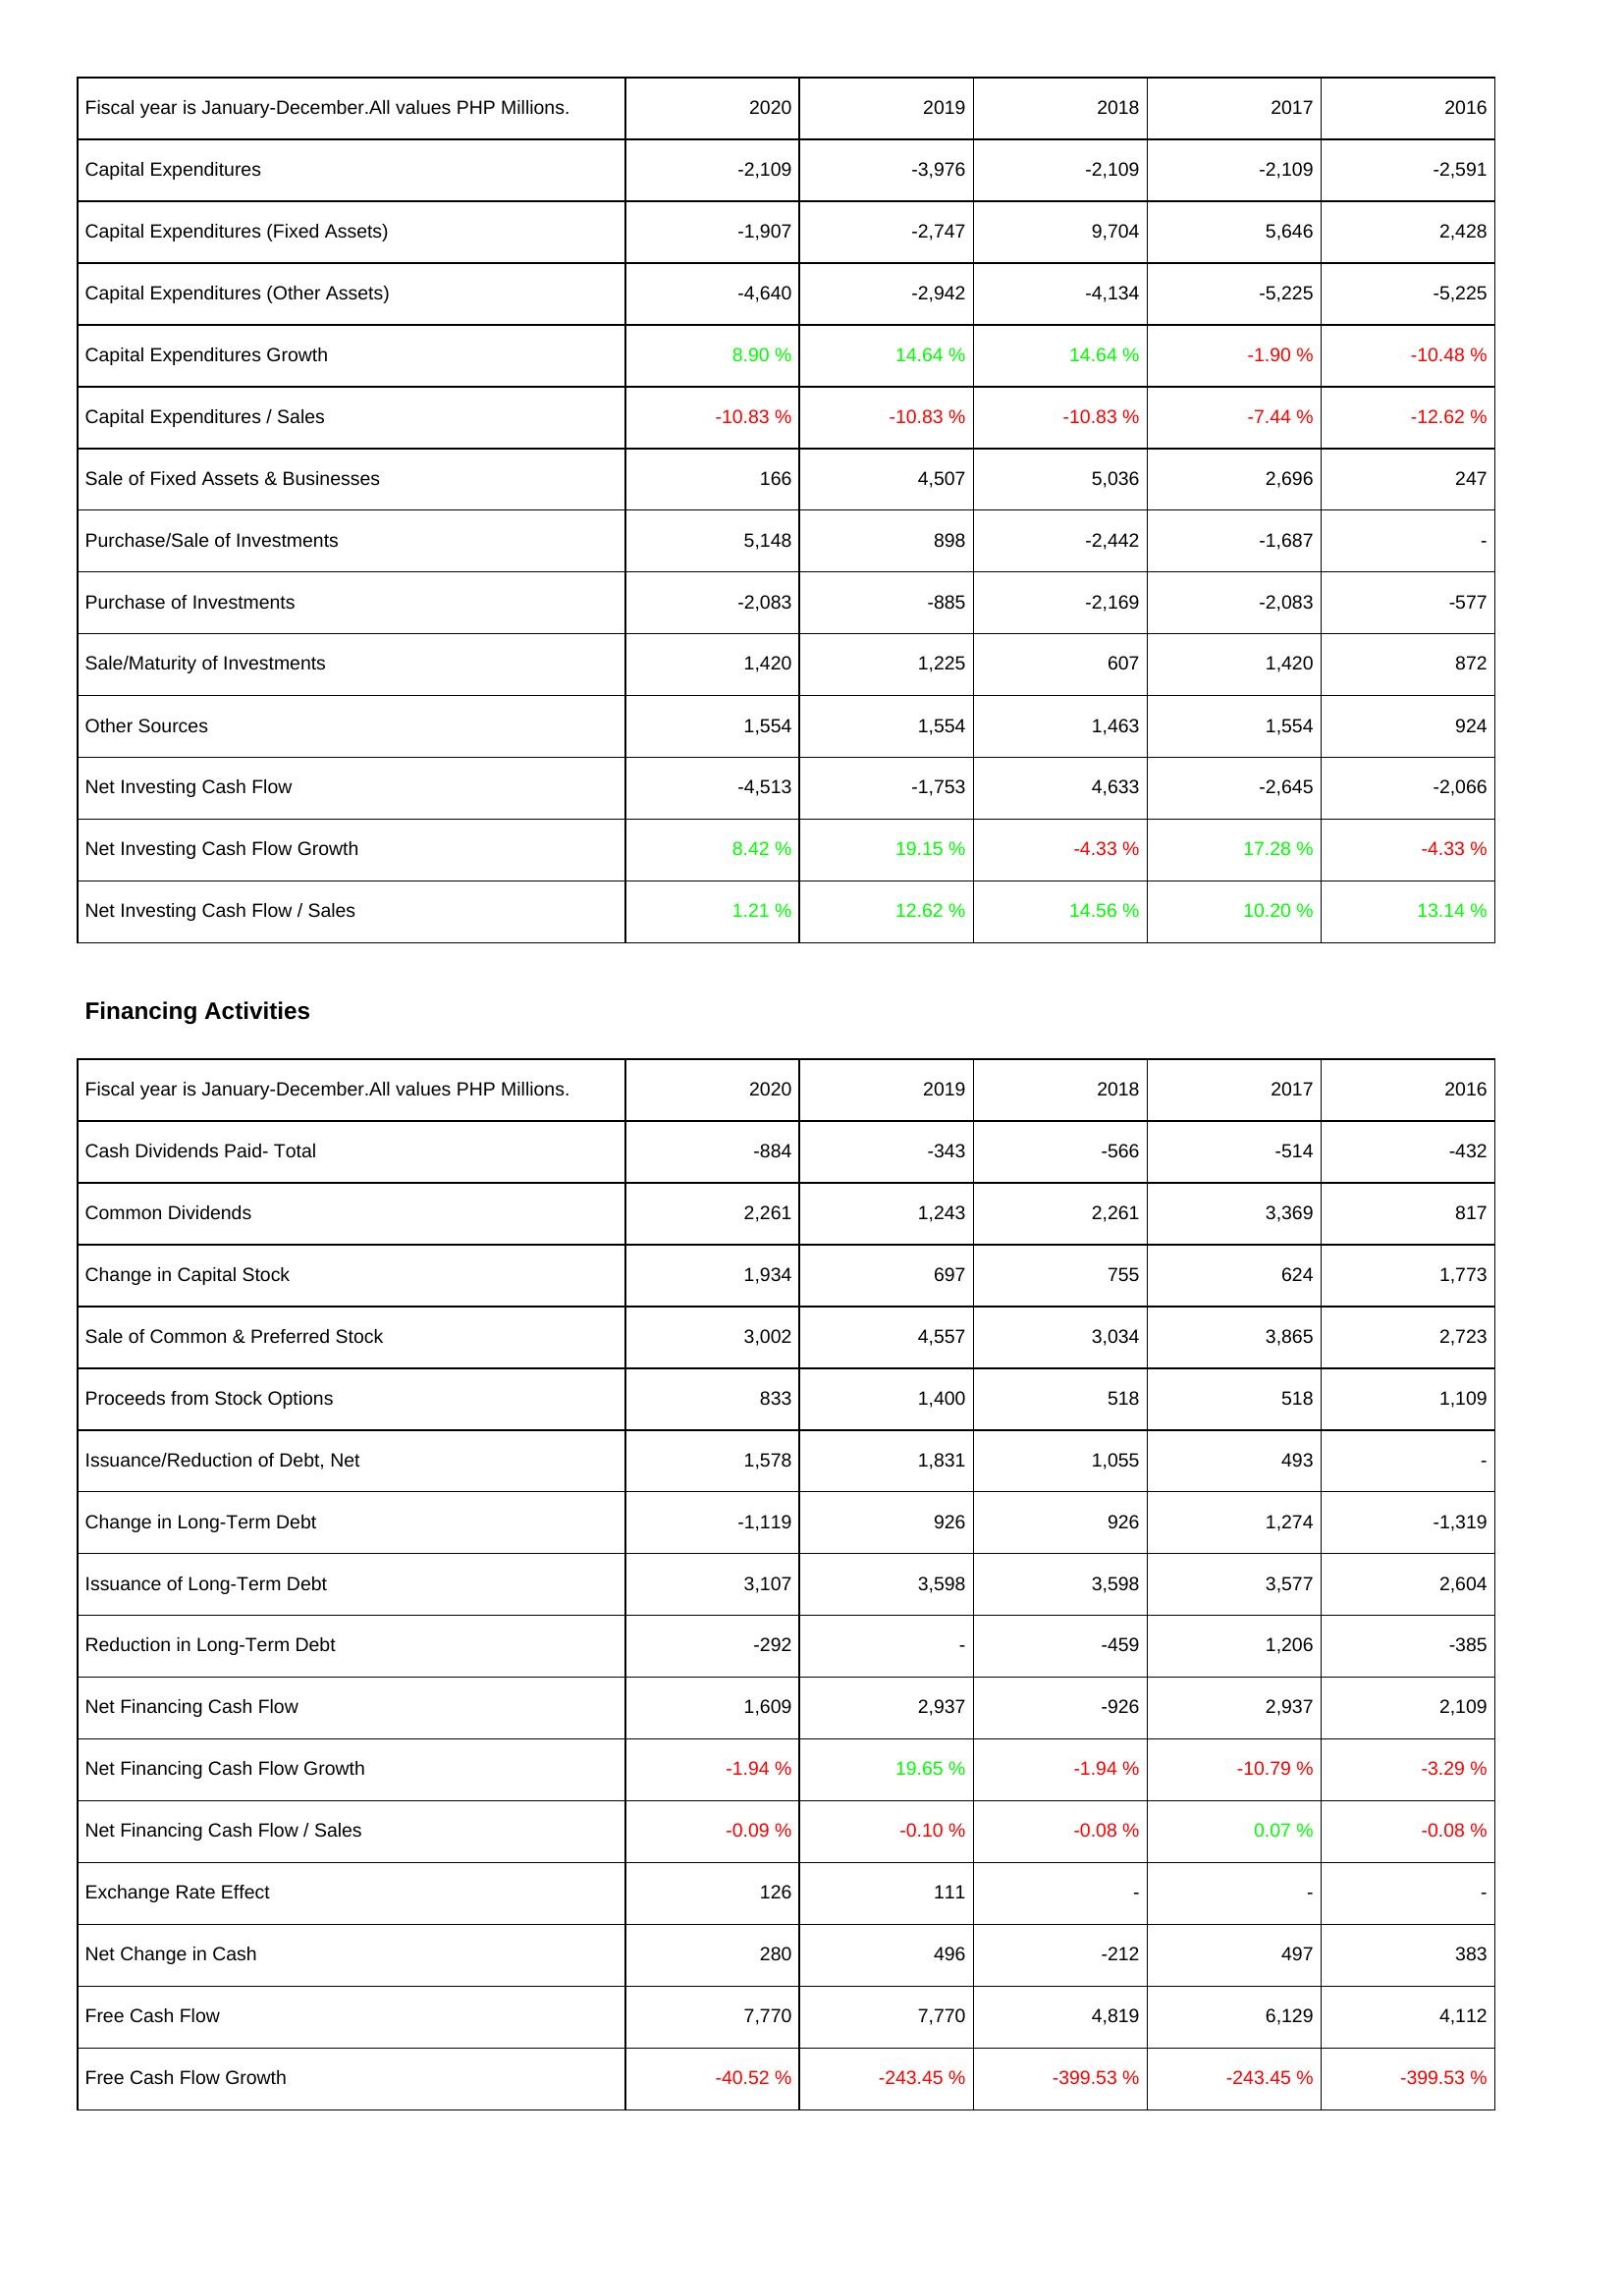
2020: Investing Activities: Capital Expenditures: -2,109
Capital Expenditures (Fixed Assets): -1,907
Capital Expenditures (Other Assets): -4,640
Capital Expenditures Growth: 8.90 %
Capital Expenditures / Sales: -10.83 %
Sale of Fixed Assets & Businesses: 166
Purchase/Sale of Investments: 5,148
Purchase of Investments: -2,083
Sale/Maturity of Investments: 1,420
Other Sources: 1,554
Net Investing Cash Flow: -4,513
Net Investing Cash Flow Growth: 8.42 %
Net Investing Cash Flow / Sales: 1.21 %
Financing Activities: Cash Dividends Paid- Total: -884
Common Dividends: 2,261
Change in Capital Stock: 1,934
Sale of Common & Preferred Stock: 3,002
Proceeds from Stock Options: 833
Issuance/Reduction of Debt, Net: 1,578
Change in Long-Term Debt: -1,119
Issuance of Long-Term Debt: 3,107
Reduction in Long-Term Debt: -292
Net Financing Cash Flow: 1,609
Net Financing Cash Flow Growth: -1.94 %
Net Financing Cash Flow / Sales: -0.09 %
Exchange Rate Effect: 126
Net Change in Cash: 280
Free Cash Flow: 7,770
Free Cash Flow Growth: -40.52 %
2019: Investing Activities: Capital Expenditures: -3,976
Capital Expenditures (Fixed Assets): -2,747
Capital Expenditures (Other Assets): -2,942
Capital Expenditures Growth: 14.64 %
Capital Expenditures / Sales: -10.83 %
Sale of Fixed Assets & Businesses: 4,507
Purchase/Sale of Investments: 898
Purchase of Investments: -885
Sale/Maturity of Investments: 1,225
Other Sources: 1,554
Net Investing Cash Flow: -1,753
Net Investing Cash Flow Growth: 19.15 %
Net Investing Cash Flow / Sales: 12.62 %
Financing Activities: Cash Dividends Paid- Total: -343
Common Dividends: 1,243
Change in Capital Stock: 697
Sale of Common & Preferred Stock: 4,557
Proceeds from Stock Options: 1,400
Issuance/Reduction of Debt, Net: 1,831
Change in Long-Term Debt: 926
Issuance of Long-Term Debt: 3,598
Reduction in Long-Term Debt: -
Net Financing Cash Flow: 2,937
Net Financing Cash Flow Growth: 19.65 %
Net Financing Cash Flow / Sales: -0.10 %
Exchange Rate Effect: 111
Net Change in Cash: 496
Free Cash Flow: 7,770
Free Cash Flow Growth: -243.45 %
2018: Investing Activities: Capital Expenditures: -2,109
Capital Expenditures (Fixed Assets): 9,704
Capital Expenditures (Other Assets): -4,134
Capital Expenditures Growth: 14.64 %
Capital Expenditures / Sales: -10.83 %
Sale of Fixed Assets & Businesses: 5,036
Purchase/Sale of Investments: -2,442
Purchase of Investments: -2,169
Sale/Maturity of Investments: 607
Other Sources: 1,463
Net Investing Cash Flow: 4,633
Net Investing Cash Flow Growth: -4.33 %
Net Investing Cash Flow / Sales: 14.56 %
Financing Activities: Cash Dividends Paid- Total: -566
Common Dividends: 2,261
Change in Capital Stock: 755
Sale of Common & Preferred Stock: 3,034
Proceeds from Stock Options: 518
Issuance/Reduction of Debt, Net: 1,055
Change in Long-Term Debt: 926
Issuance of Long-Term Debt: 3,598
Reduction in Long-Term Debt: -459
Net Financing Cash Flow: -926
Net Financing Cash Flow Growth: -1.94 %
Net Financing Cash Flow / Sales: -0.08 %
Exchange Rate Effect: -
Net Change in Cash: -212
Free Cash Flow: 4,819
Free Cash Flow Growth: -399.53 %
2017: Investing Activities: Capital Expenditures: -2,109
Capital Expenditures (Fixed Assets): 5,646
Capital Expenditures (Other Assets): -5,225
Capital Expenditures Growth: -1.90 %
Capital Expenditures / Sales: -7.44 %
Sale of Fixed Assets & Businesses: 2,696
Purchase/Sale of Investments: -1,687
Purchase of Investments: -2,083
Sale/Maturity of Investments: 1,420
Other Sources: 1,554
Net Investing Cash Flow: -2,645
Net Investing Cash Flow Growth: 17.28 %
Net Investing Cash Flow / Sales: 10.20 %
Financing Activities: Cash Dividends Paid- Total: -514
Common Dividends: 3,369
Change in Capital Stock: 624
Sale of Common & Preferred Stock: 3,865
Proceeds from Stock Options: 518
Issuance/Reduction of Debt, Net: 493
Change in Long-Term Debt: 1,274
Issuance of Long-Term Debt: 3,577
Reduction in Long-Term Debt: 1,206
Net Financing Cash Flow: 2,937
Net Financing Cash Flow Growth: -10.79 %
Net Financing Cash Flow / Sales: 0.07 %
Exchange Rate Effect: -
Net Change in Cash: 497
Free Cash Flow: 6,129
Free Cash Flow Growth: -243.45 %
2016: Investing Activities: Capital Expenditures: -2,591
Capital Expenditures (Fixed Assets): 2,428
Capital Expenditures (Other Assets): -5,225
Capital Expenditures Growth: -10.48 %
Capital Expenditures / Sales: -12.62 %
Sale of Fixed Assets & Businesses: 247
Purchase/Sale of Investments: -
Purchase of Investments: -577
Sale/Maturity of Investments: 872
Other Sources: 924
Net Investing Cash Flow: -2,066
Net Investing Cash Flow Growth: -4.33 %
Net Investing Cash Flow / Sales: 13.14 %
Financing Activities: Cash Dividends Paid- Total: -432
Common Dividends: 817
Change in Capital Stock: 1,773
Sale of Common & Preferred Stock: 2,723
Proceeds from Stock Options: 1,109
Issuance/Reduction of Debt, Net: -
Change in Long-Term Debt: -1,319
Issuance of Long-Term Debt: 2,604
Reduction in Long-Term Debt: -385
Net Financing Cash Flow: 2,109
Net Financing Cash Flow Growth: -3.29 %
Net Financing Cash Flow / Sales: -0.08 %
Exchange Rate Effect: -
Net Change in Cash: 383
Free Cash Flow: 4,112
Free Cash Flow Growth: -399.53 %